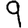
Digit: 9